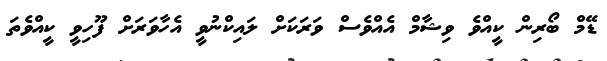
ޑޭމް ބޯރިން ކީއްވެ ވިޝާމް އެއްވެސް ވަރަކަށް ލައިކްނުވީ އެހާވަރަށް ފޫހިވީ ކީއްވެތަ